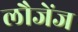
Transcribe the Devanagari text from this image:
लौजेंज